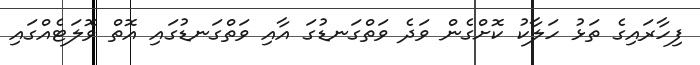
ފިހާރައިގެ ތަޅު ހަލާކު ކޮށްގެން ވަދެ ވަތްގަނޑުގަ އާއި ވަތްގަނޑުގައި އޮތް ވޮލަޓެއްގައި